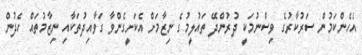
އެހެންކަމުން ސަރުކާރުގެ ވިސްނުމަކީ ދުރުންދޭ ތައުލީމުގެ ނިޒާމަށް އެކަށީގެންވާ ގަވާއިދުތަކާއި ނިޒާމުތައް ހެދުން